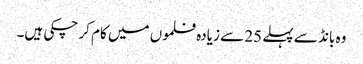
وہ بانڈ سے پہلے 25 سے زیادہ فلموں میں کام کر چکی ہیں۔